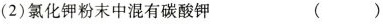
(2)氯化钾粉末中混有碳酸钾 ( )